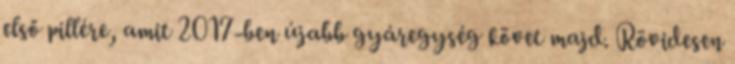
első pillére, amit 2017-ben újabb gyáregység követ majd. Rövidesen